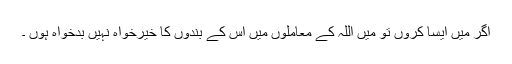
اگر میں ایسا کروں تو میں اللہ کے معاملوں میں اس کے بندوں کا خیرخواہ نہیں بدخواہ ہوں ۔